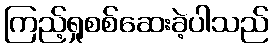
ကြည့်ရှုစစ်ဆေးခဲ့ပါသည်